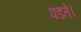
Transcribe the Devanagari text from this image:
पडते।